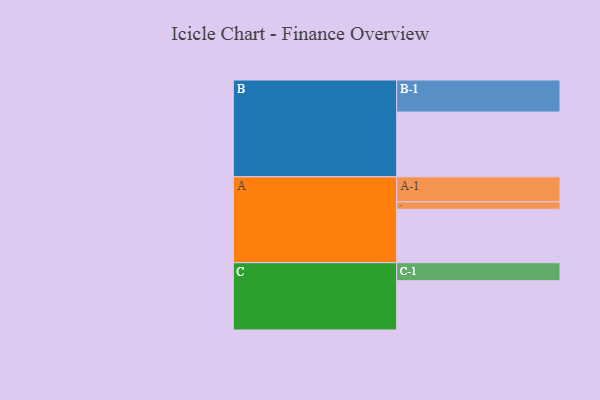
{"axis": {"x": "Segment", "y": "Value"}, "legend": ["", "A", "B", "C"], "data": [{"x": "A", "y": 494, "type": ""}, {"x": "B", "y": 598, "type": ""}, {"x": "C", "y": 455, "type": ""}, {"x": "A-1", "y": 231, "type": "A"}, {"x": "A-2", "y": 68, "type": "A"}, {"x": "B-1", "y": 296, "type": "B"}, {"x": "C-1", "y": 166, "type": "C"}]}